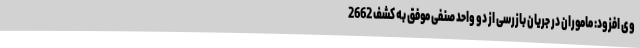
وی افزود: ماموران در جریان بازرسی از دو واحد صنفی موفق به کشف 2662